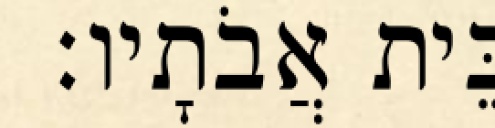
בֵּית אֲבֹתָיו׃